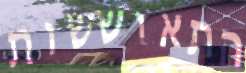
התאוששות